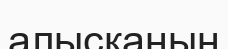
алысқанын